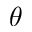
\theta